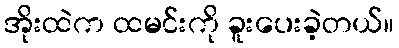
အိုးထဲက ထမင်းကို ခူးပေးခဲ့တယ်။